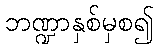
ဘဏ္ဍာနှစ်မှစ၍